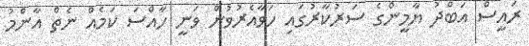
ރައީސް އަބްދު ޔާމީންގެ ސަރުކާރުގައި ހަވާއެރުވުން ވަނީ ހާއްސަ ކަމެއް ނެތް އާންމު